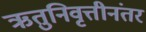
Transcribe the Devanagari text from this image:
ऋतुनिवृत्तीनंतर